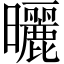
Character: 曬